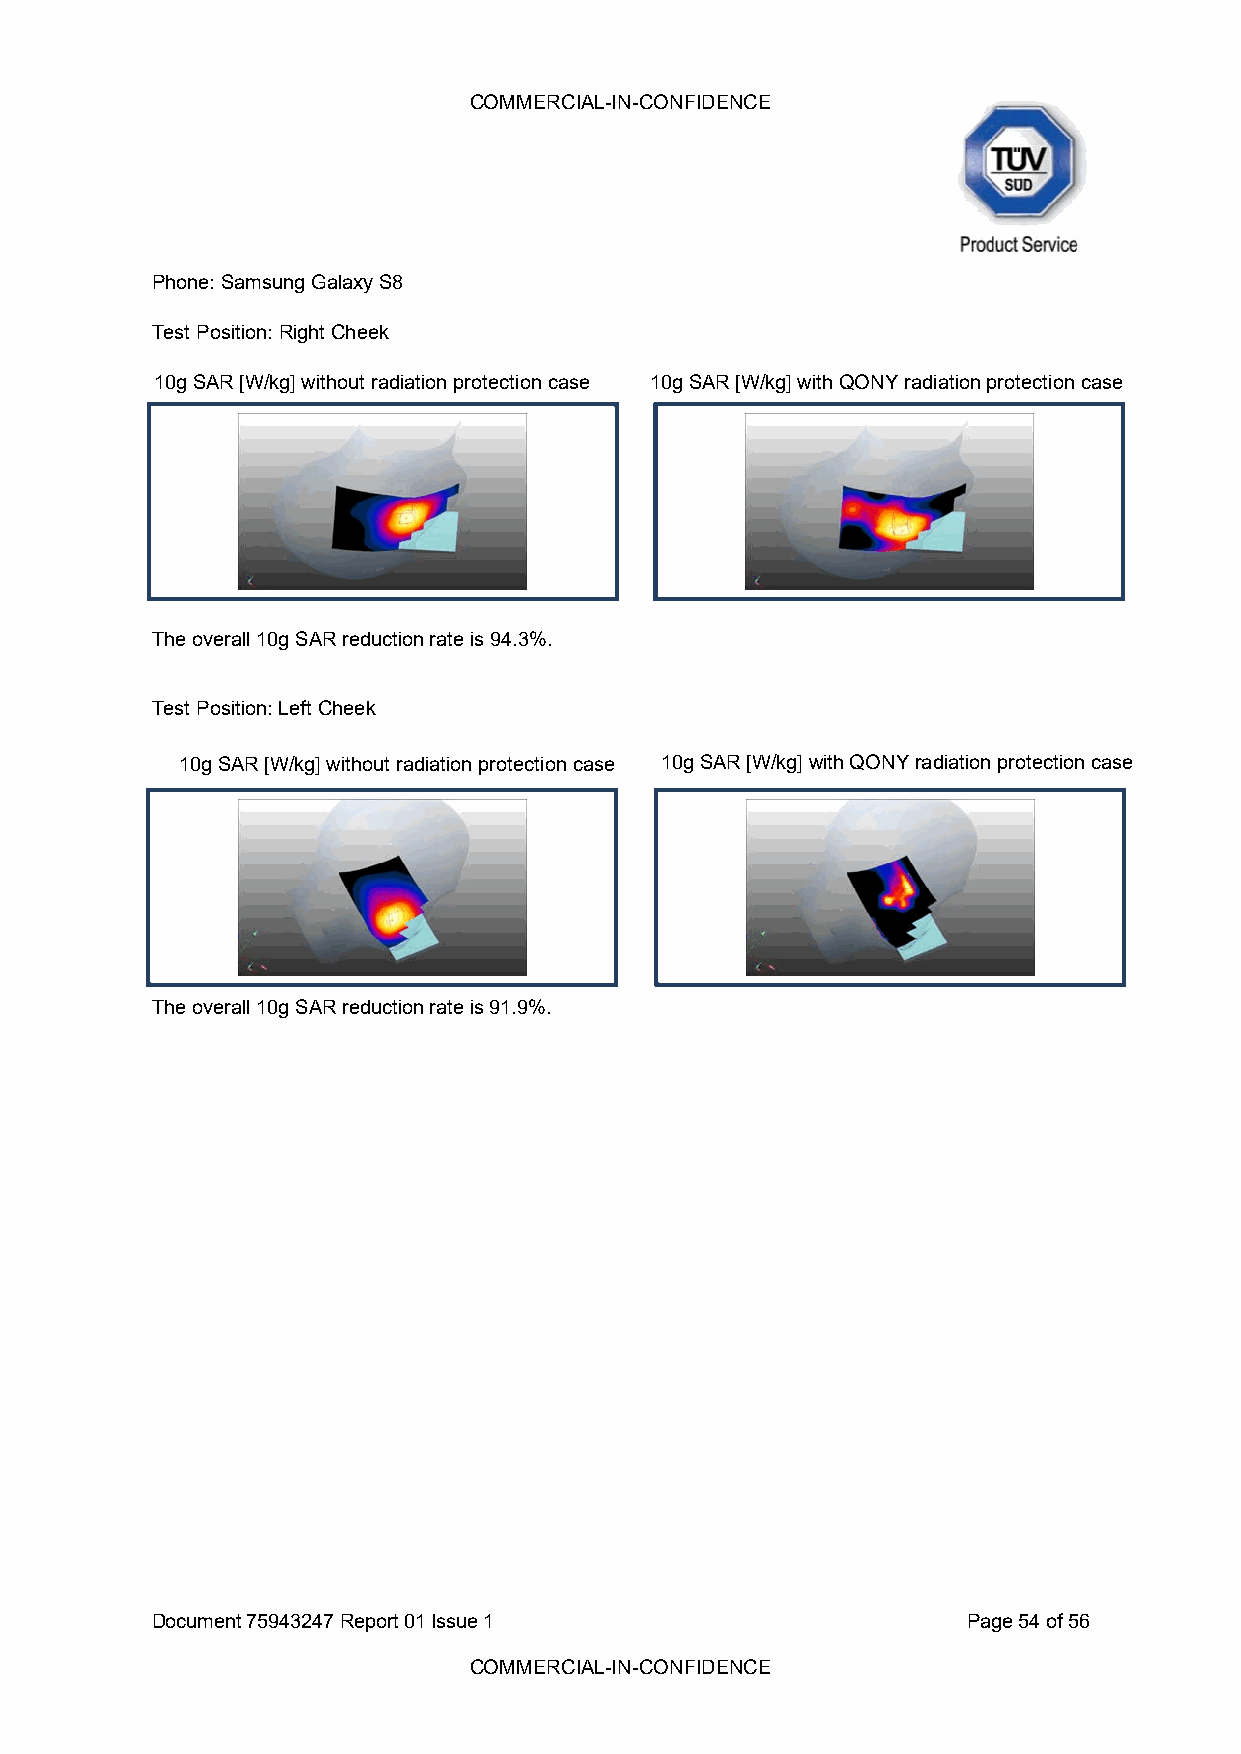
COMMERCIAL-IN-CONFIDENCE
 Phone: Samsung Galaxy S8
 Test Position: Right Cheek
 10g SAR [W/kg] without radiation protection case 10g SAR [W/kg] with QONY radiation protection case
 The overall 10g SAR reduction rate is 94.3%.
 Test Position: Left Cheek
 10g SAR [W/kg] without radiation protection case 10g SAR [W/kg] with QONY radiation protection case
 The overall 10g SAR reduction rate is 91.9%.
 Document 75943247 Report 01 Issue 1                   Page 54 of 56
 COMMERCIAL-IN-CONFIDENCE